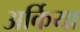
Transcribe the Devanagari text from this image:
अर्किया